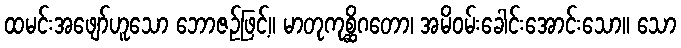
ထမင်းအဖျော်ဟူသော ဘောဇဉ်ဖြင့်။ မာတုကုစ္ဆိဂတော၊ အမိဝမ်းခေါင်းအောင်းသော။ သော